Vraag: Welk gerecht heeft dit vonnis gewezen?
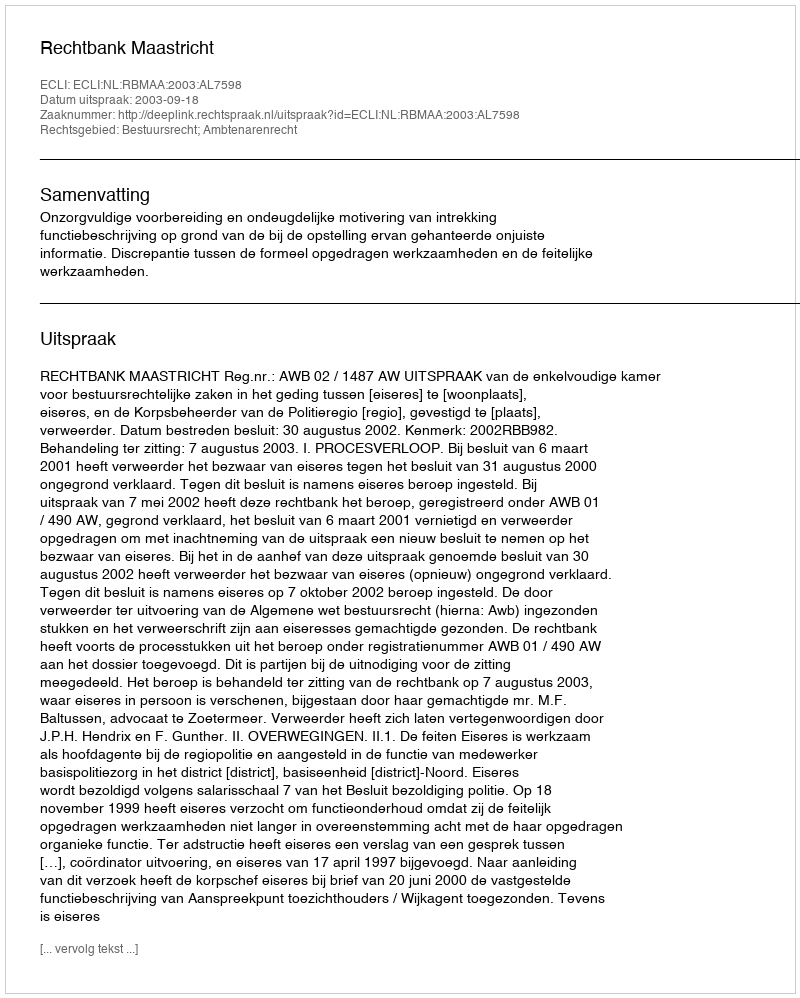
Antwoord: Rechtbank Maastricht